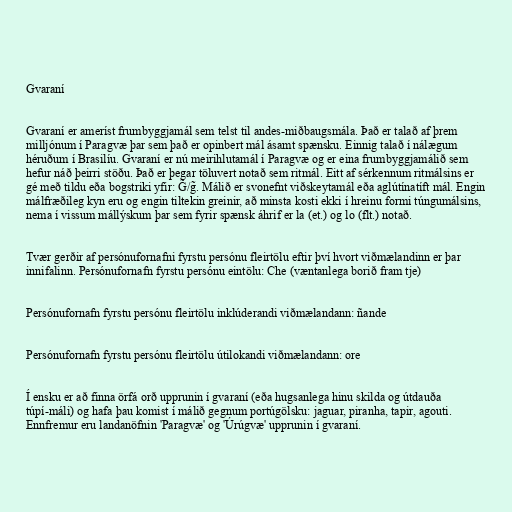
Gvaraní

Gvaraní er ameríst frumbyggjamál sem telst til andes-miðbaugsmála. Það er talað af þrem
milljónum í Paragvæ þar sem það er opinbert mál ásamt spænsku. Einnig talað í nálægum
héruðum í Brasilíu. Gvaraní er nú meirihlutamál í Paragvæ og er eina frumbyggjamálið sem
hefur náð þeirri stöðu. Það er þegar töluvert notað sem ritmál. Eitt af sérkennum ritmálsins er
gé með tildu eða bogstriki yfir: G̃/g̃. Málið er svonefnt viðskeytamál eða aglútínatíft mál. Engin
málfræðileg kyn eru og engin tiltekin greinir, að minsta kosti ekki í hreinu formi túngumálsins,
nema í vissum mállýskum þar sem fyrir spænsk áhrif er la (et.) og lo (flt.) notað.

Tvær gerðir af persónufornafni fyrstu persónu fleirtölu eftir því hvort viðmælandinn er þar
innifalinn. Persónufornafn fyrstu persónu eintölu: Che (væntanlega borið fram tje)

Persónufornafn fyrstu persónu fleirtölu inklúderandi viðmælandann: ñande

Persónufornafn fyrstu persónu fleirtölu útilokandi viðmælandann: ore

Í ensku er að finna örfá orð upprunin í gvaraní (eða hugsanlega hinu skilda og útdauða
túpí-máli) og hafa þau komist í málið gegnum portúgölsku: jaguar, piranha, tapir, agouti.
Ennfremur eru landanöfnin 'Paragvæ' og 'Úrúgvæ' upprunin í gvaraní.